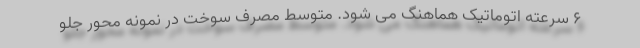
6 سرعته اتوماتیک هماهنگ می شود. متوسط مصرف سوخت در نمونه محور جلو